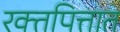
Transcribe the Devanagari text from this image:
रक्तपित्तात